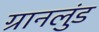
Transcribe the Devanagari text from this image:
ग्रानलुंड